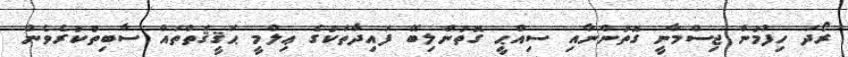
ރޯދަ ހިފުމުން ޖިސްމާނީ ގޮތުންނާއި ސިއްޙީ ގޮތުންލިބޭ ފައިދާތަކުގެ ޢިލްމީ ޙަޤީޤަތްތައް ސާބިތުކުރެވެން